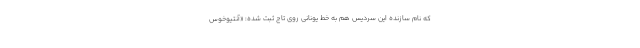
که نام سازنده این سردیس هم به خط یونانی روی تاج ثبت شده: «آنتیوخوس